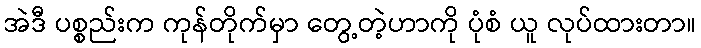
အဲဒီ ပစ္စည်းက ကုန်တိုက်မှာ တွေ့တဲ့ဟာကို ပုံစံ ယူ လုပ်ထားတာ။